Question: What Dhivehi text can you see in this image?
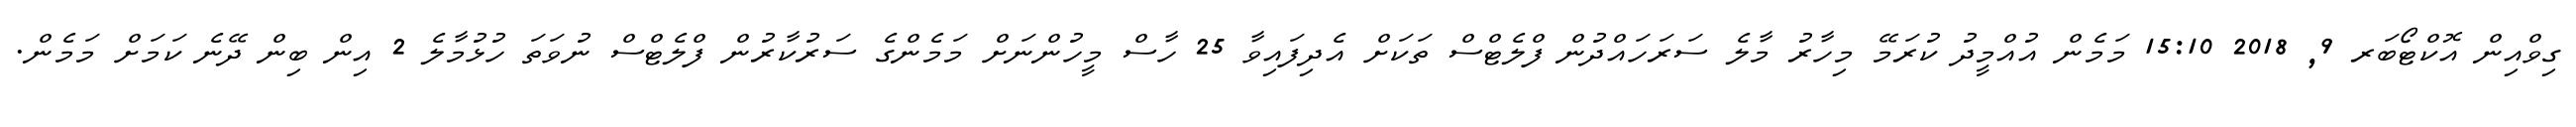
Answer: ގިވްއިން އޮކްޓޯބަރ 9, 2018 15:10 މަމެން އުއްމީދު ކުރަމޭ މިހާރު މާލެ ސަރަހައްދުން ފްލެޓްސް ތަކަށް އެދިފައިވާ 25 ހާސް މީހުންނަށް މަމެންގެ ސަރުކާރުން ފްލެޓްސް ނުވަތަ ހުޅުމާލެ 2 އިން ބިން ދޭނެ ކަމަށް މަމެން.